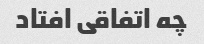
چه اتفاقی افتاد